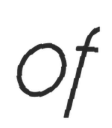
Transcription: of